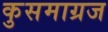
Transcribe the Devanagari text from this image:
कुसमाग्रज